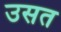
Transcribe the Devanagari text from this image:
उसत